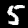
Digit: 5